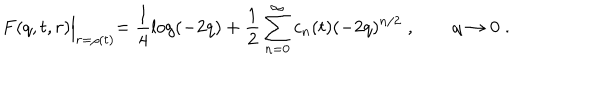
F ( q , t , r ) \Bigl | _ { r = \rho ( t ) } = \frac { 1 } { 4 } \log ( - 2 q ) + \frac { 1 } { 2 } \sum _ { n = 0 } ^ { \infty } c _ { n } ( t ) ( - 2 q ) ^ { n / 2 } \; , \qquad q \to 0 \; .